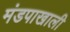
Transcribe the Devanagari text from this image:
मंडपाखाली